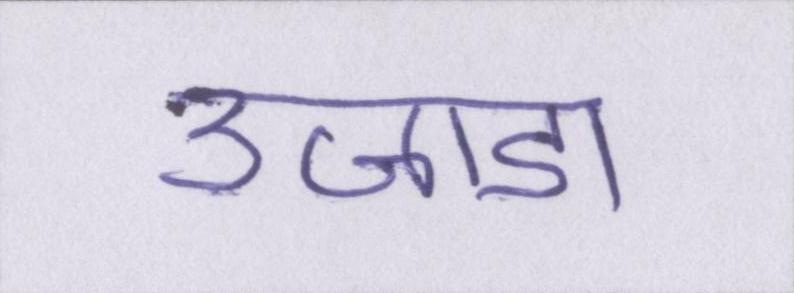
उजाडा